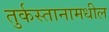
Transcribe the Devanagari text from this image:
तुर्कस्तानामधील